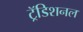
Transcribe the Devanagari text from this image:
ट्रॅडिशनल